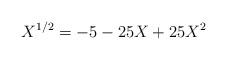
LaTeX: \begin{align*}X^{1/2}=-5-25X+25X^2\end{align*}